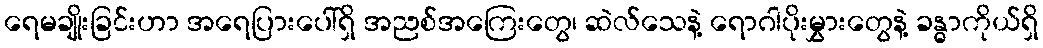
ရေမချိုးခြင်းဟာ အရေပြားပေါ်ရှိ အညစ်အကြေးတွေ၊ ဆဲလ်သေနဲ့ ရောဂါပိုးမွှားတွေနဲ့ ခန္ဓာကိုယ်ရှိ